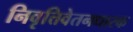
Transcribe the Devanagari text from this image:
निवृत्तिवेतनधारक